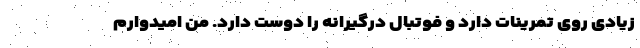
زیادی روی تمرینات دارد و فوتبال درگیرانه را دوست دارد. من امیدوارم